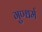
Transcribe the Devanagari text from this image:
गुण्धर्म